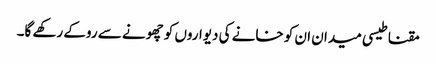
مقناطیسی میدان ان کو خانے کی دیواروں کو چھونے سے روکے رکھے گا۔